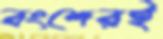
বংশেরই